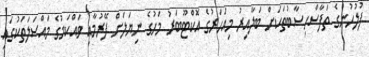
ފުލުހުންގެ ތަފާސްހިސާބުތަކަށް ބަލާއިރު މިއަހަރުގެ އޮކްޓޫބަރު މަހުގެ ނިޔަލަށް ފޭރުމާއި ވައްކަމުގެ މައްސަލަތަކުގައި